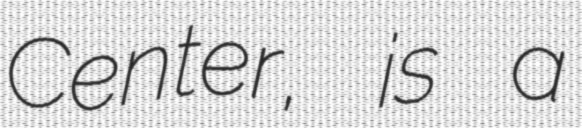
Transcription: Center, is a